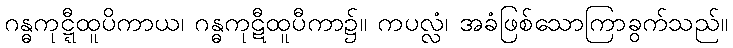
ဂန္ဓကုဋ္ဋီထူပိကာယ၊ ဂန္ဓကုဋီထူပီကာ၌။ ကပလ္လံ၊ အခံဖြစ်သောကြာခွက်သည်။